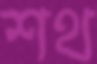
শথ